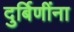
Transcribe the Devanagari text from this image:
दुर्बिणींना